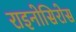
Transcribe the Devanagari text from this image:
राइनोसिरोस